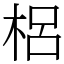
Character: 梠